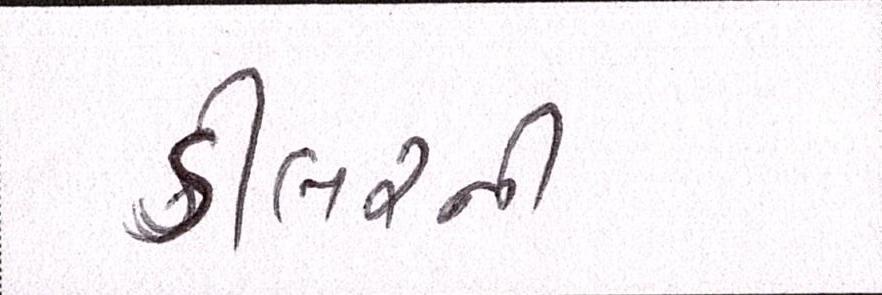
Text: ડીલરની